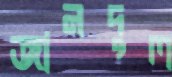
জানদুল